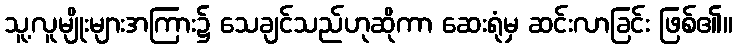
သူ့လူမျိုးများအကြား၌ သေချင်သည်ဟုဆိုကာ ဆေးရုံမှ ဆင်းလာခြင်း ဖြစ်၏။